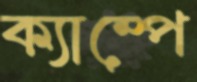
ক্যাম্পে